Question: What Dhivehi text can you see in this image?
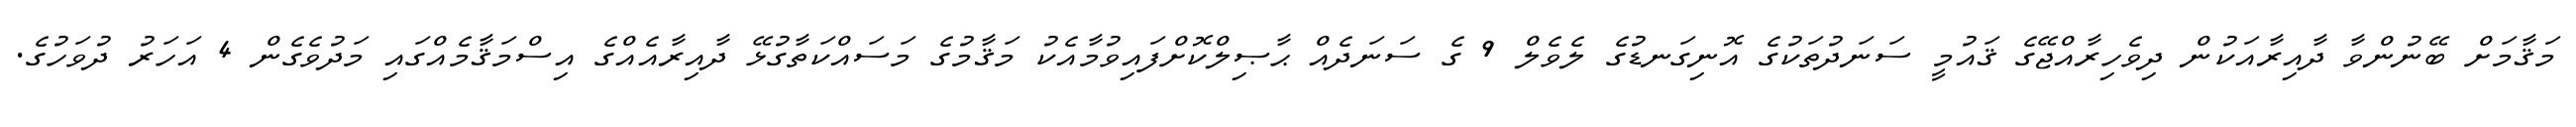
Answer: މަޤާމަށް ބޭނުންވާ ދާއިރާއަކުން ދިވެހިރާއްޖޭގެ ޤައުމީ ސަނަދުތަކުގެ އޮނިގަނޑުގެ ލެވެލް 9 ގެ ސަނަދެއް ޙާޞިލްކޮށްފައިވުމާއެކު މަޤާމުގެ މަސައްކަތާގުޅޭ ދާއިރާއެއްގެ އިސްމަޤާމެއްގައި މަދުވެގެން 4 އަހަރު ދުވަހުގެ.